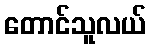
တောင်သူလယ်